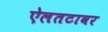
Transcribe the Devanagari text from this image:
ऐलतटावर